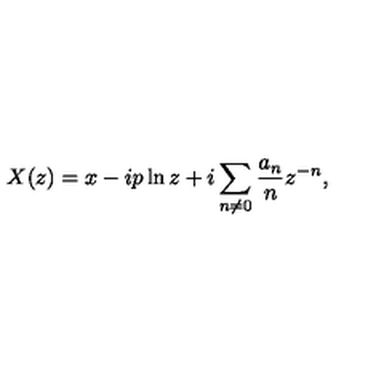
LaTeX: X ( z ) = x - i p \ln z + i \sum _ { n \neq 0 } \frac { a _ { n } } n z ^ { - n } ,